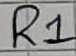
Text: R1